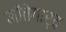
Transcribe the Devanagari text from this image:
मोंतेगार्द